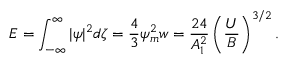
{ \cal E } = \int _ { - \infty } ^ { \infty } | \psi | ^ { 2 } d \zeta = \frac { 4 } { 3 } \psi _ { m } ^ { 2 } w = \frac { 2 4 } { A _ { 1 } ^ { 2 } } \left( \frac { U } { B } \right) ^ { 3 / 2 } .